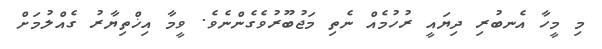
މި މީހާ އެނބުރި ދިޔައީ ރުހުމެއް ނެތި މަޖުބޫރުވެގެންނެވެ. ވީމާ އިޚްތިޔާރު ގެއްލުމަށް